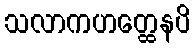
သလာကဟတ္ထေနပိ